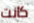
كانت